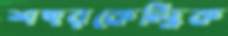
শহরকেন্দ্রিক